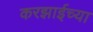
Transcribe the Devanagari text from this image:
करझाईच्या